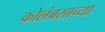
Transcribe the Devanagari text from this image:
कोलंबसाच्या